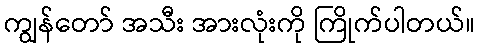
ကျွန်တော် အသီး အားလုံးကို ကြိုက်ပါတယ်။